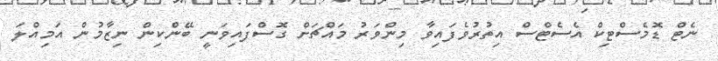
ނެޓް ޑޮމެސްޓިކް އެސެޓްސް އިތުރުވެފައިވާ މިންވަރު މައްޗަށް ގޮސްފައިވަނީ ބޭންކިން ނިޒާމުން އަމިއްލަ